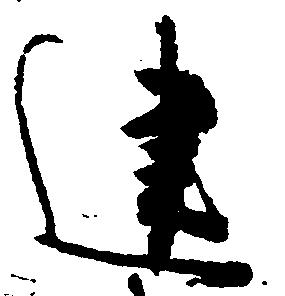
建